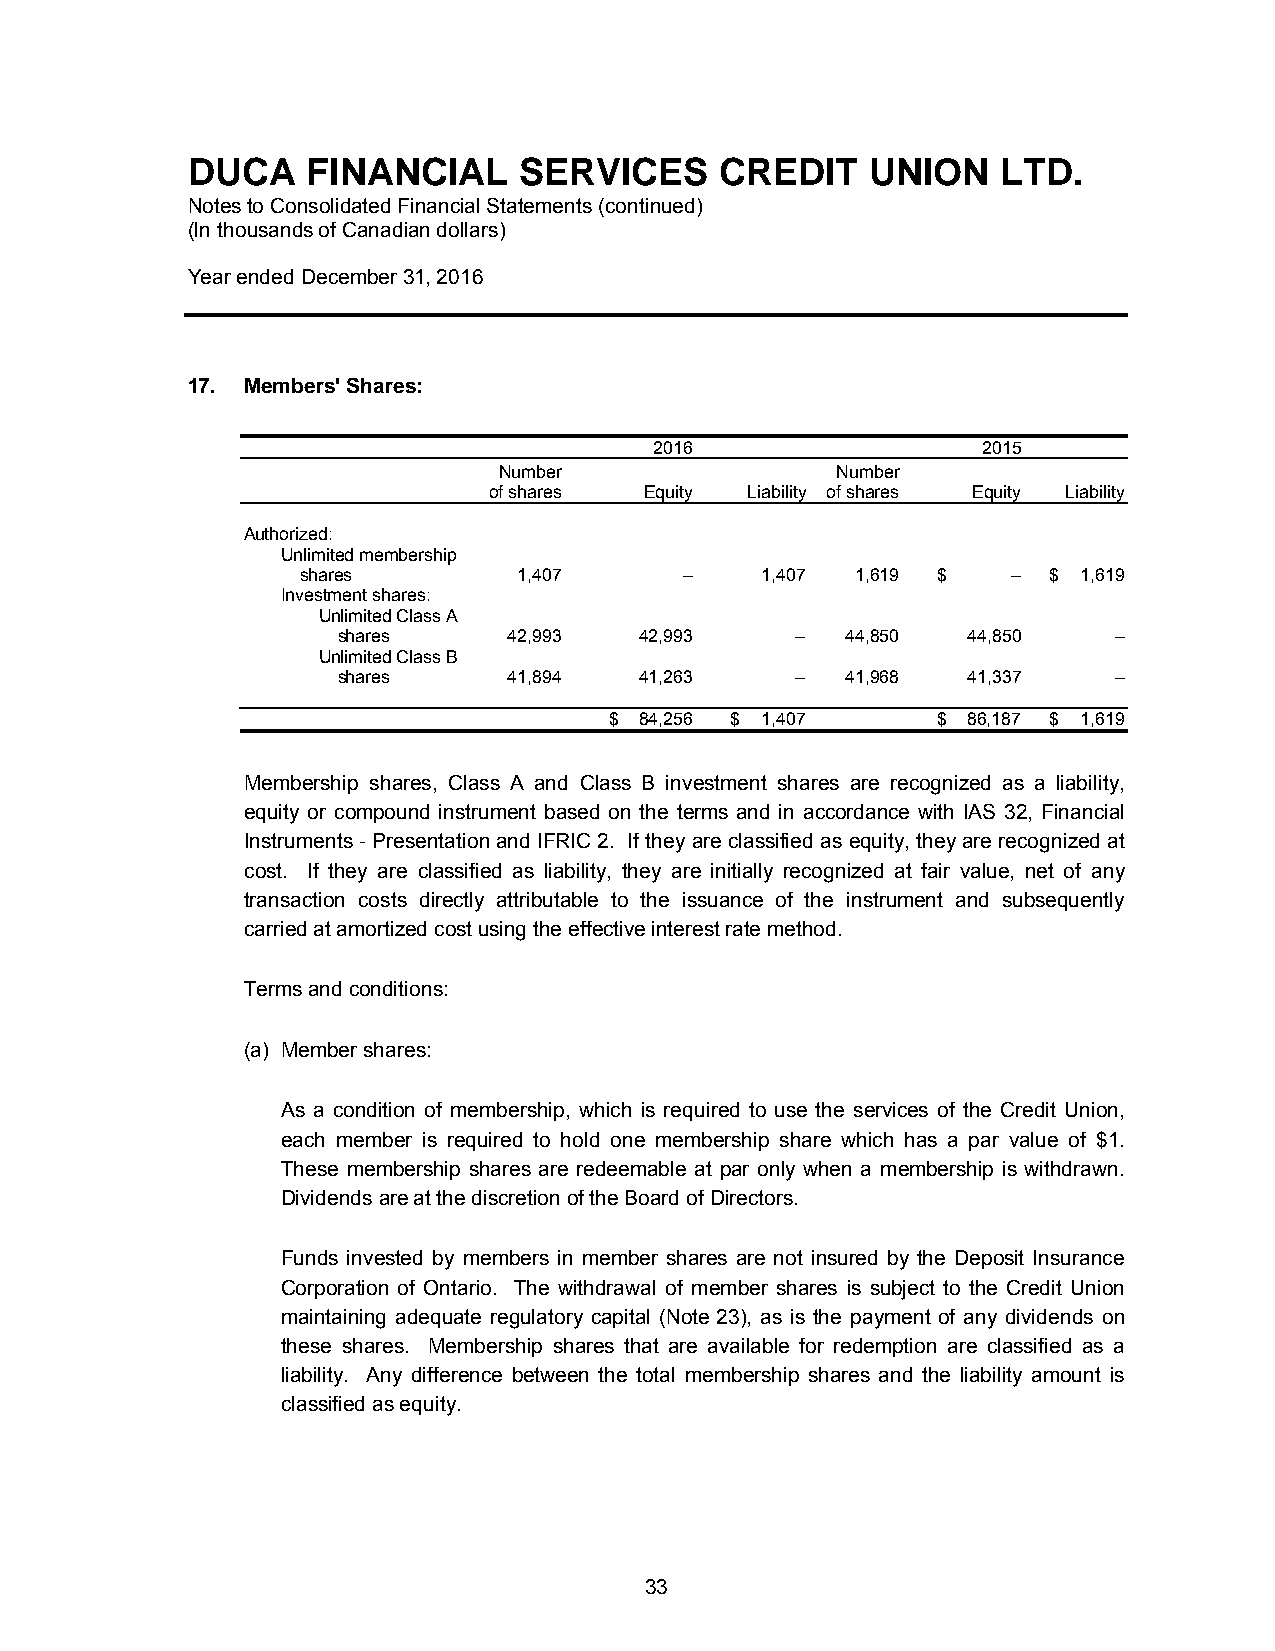
DUCA    FINANCIAL     SERVICES      CREDIT    UNION   LTD.
 Notes to Consolidated Financial Statements (continued)
 (In thousands of Canadian dollars)
 Year ended December 31, 2016
 17. Members' Shares:
 2016                  2015
 Number                Number
 of shares  Equity Liability of shares Equity Liability
 Authorized:
 Unlimited membership
 shares        1,407      –    1,407  1,619 $   –  $ 1,619
 Investment shares:
 Unlimited Class A
 shares      42,993  42,993     –  44,850  44,850    –
 Unlimited Class B
 shares      41,894  41,263     –  41,968  41,337    –
 $ 84,256 $ 1,407      $ 86,187 $ 1,619
 Membership shares, Class A and Class B investment shares are recognized as a liability,
 equity or compound instrument based on the terms and in accordance with IAS 32, Financial
 Instruments - Presentation and IFRIC 2. If they are classified as equity, they are recognized at
 cost. If they are classified as liability, they are initially recognized at fair value, net of any
 transaction costs directly attributable to the issuance of the instrument and subsequently
 carried at amortized cost using the effective interest rate method.
 Terms and conditions:
 (a) Member shares:
 As a condition of membership, which is required to use the services of the Credit Union,
 each member is required to hold one membership share which has a par value of $1.
 These membership shares are redeemable at par only when a membership is withdrawn.
 Dividends are at the discretion of the Board of Directors.
 Funds invested by members in member shares are not insured by the Deposit Insurance
 Corporation of Ontario. The withdrawal of member shares is subject to the Credit Union
 maintaining adequate regulatory capital (Note 23), as is the payment of any dividends on
 these shares. Membership shares that are available for redemption are classified as a
 liability. Any difference between the total membership shares and the liability amount is
 classified as equity.
 33